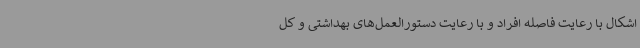
اشکال با رعایت فاصله افراد و با رعایت دستورالعمل‌های بهداشتی و کل